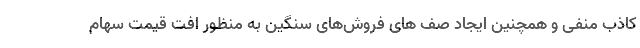
کاذب منفی و همچنین ایجاد صف های فروش‌های سنگین به منظور افت قیمت سهام